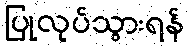
ပြုလုပ်သွားရန်